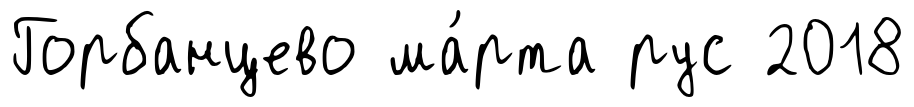
Горбанцево ма́рта рус 2018